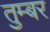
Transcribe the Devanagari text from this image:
तुम्बर